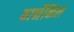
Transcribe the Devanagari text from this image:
बार्नेकिल